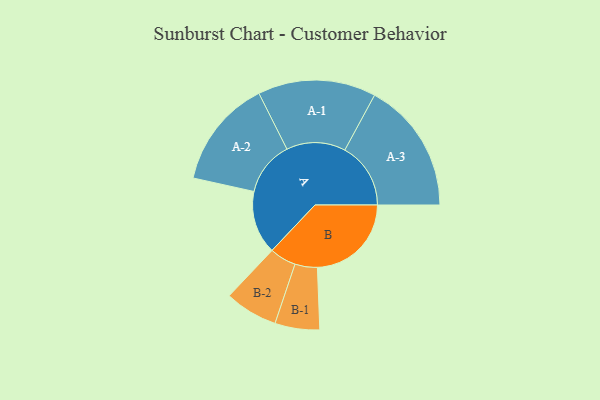
{"axis": {"x": "Segment", "y": "Value"}, "legend": ["", "A", "B"], "data": [{"x": "A", "y": 286, "type": ""}, {"x": "B", "y": 425, "type": ""}, {"x": "A-1", "y": 267, "type": "A"}, {"x": "A-2", "y": 246, "type": "A"}, {"x": "A-3", "y": 298, "type": "A"}, {"x": "B-1", "y": 101, "type": "B"}, {"x": "B-2", "y": 120, "type": "B"}]}